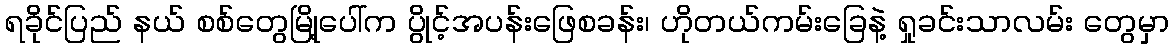
ရခိုင်ပြည် နယ် စစ်တွေမြို့ပေါ်က ပွိုင့်အပန်းဖြေစခန်း၊ ဟိုတယ်ကမ်းခြေနဲ့ ရှုခင်းသာလမ်း တွေမှာ